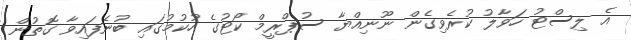
އެ ލިސްޓު ހަވާލު ކުރެވިގެން ނޫނިއްޔާ ސުޕްރީމް ކޯޓުގެ ހުކުމުގައި ބުނެފައިވާ ގޮތުން